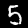
Label: 5